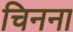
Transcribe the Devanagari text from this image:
चिनना